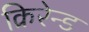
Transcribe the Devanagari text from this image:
क्रिरेन्ड